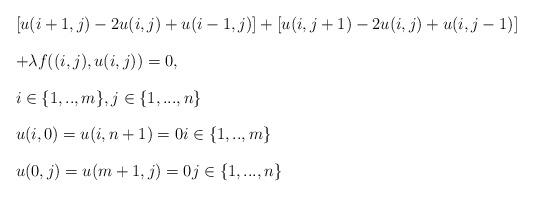
LaTeX: \begin{align*}\begin{array}{l}\left[ u(i+1,j)-2u(i,j)+u(i-1,j)\right] +\left[ u(i,j+1)-2u(i,j)+u(i,j-1)\right] \bigskip \\ +\lambda f((i,j),u(i,j))=0,\bigskip \\ i\in \{1,..,m\},j\in \{1,...,n\}\bigskip \\ u(i,0)=u(i,n+1)=0i\in \{1,..,m\}\bigskip \\ u(0,j)=u(m+1,j)=0j\in \{1,...,n\}\end{array}\end{align*}